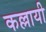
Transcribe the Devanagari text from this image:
कल्लायी